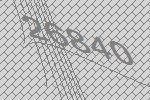
26840